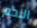
اللحم